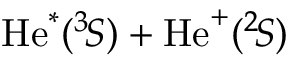
\mathrm { H e } ^ { * } ( ^ { 3 } \! S ) + \mathrm { H e } ^ { + } ( ^ { 2 } \! S )